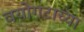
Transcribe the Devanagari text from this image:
वयोगटाच्या